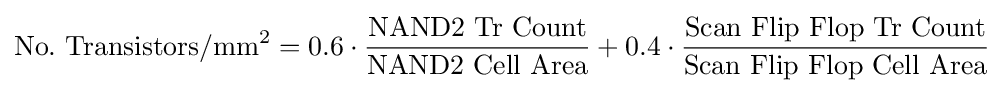
{\rm {No.\ Transistors/mm^{2}=0.6\cdot {\frac {\rm {NAND2\ Tr\ Count}}{\rm {NAND2\ Cell\ Area}}}+0.4\cdot {\frac {\rm {Scan\ Flip\ Flop\ Tr\ Count}}{\rm {Scan\ Flip\ Flop\ Cell\ Area}}}}}